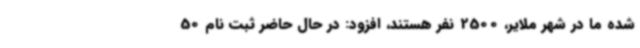
شده ما در شهر ملایر، 2500 نفر هستند، افزود: در حال حاضر ثبت نام 50